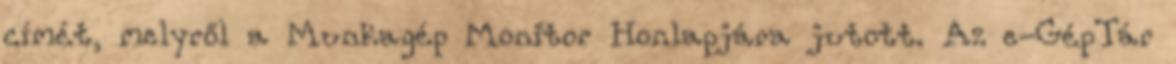
címét, melyről a Munkagép Monitor Honlapjára jutott. Az e-GépTár